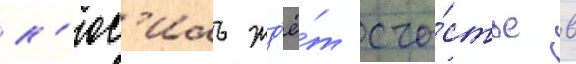
л'юс'иль жд'ё́т сча́стье в